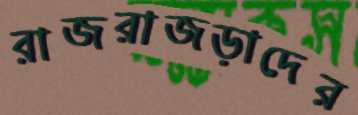
রাজরাজড়াদের